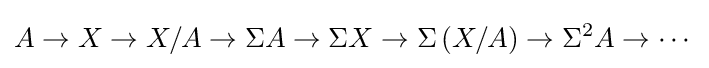
A\to X\to X/A\to \Sigma A\to \Sigma X\to \Sigma \left(X/A\right)\to \Sigma ^{2}A\to \cdots